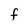
Character: F